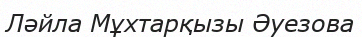
Ләйла Мұхтарқызы Әуезова